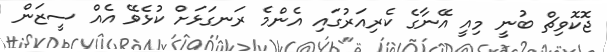
ޖޮކޮވިޗް ބުނީ މިއީ އޭނާގެ ކެރިއަރުގައި އެންމެ ރަނގަޅަށް ކުޅެވޭ އެއް ސީޒަން